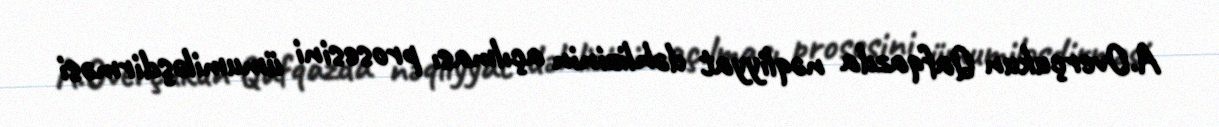
A.Overçukun Qafqazda nəqliyyat dəhlizinin açılması prosesini ümumiləşdirməsi